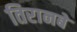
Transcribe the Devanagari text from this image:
तिरानबे